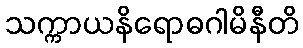
သက္ကာယနိရောဓဂါမိနီတိ